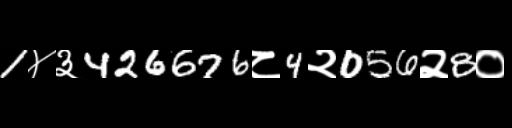
Text: 1४३426676८4२056२8०